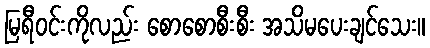
မြရီဝင်းကိုလည်း စောစောစီးစီး အသိမပေးချင်သေး။